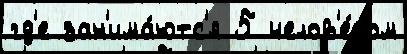
гд'е зан'има́ютс'я 5 челов'е́ком